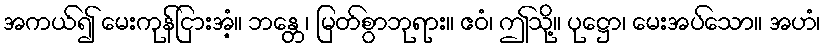
အကယ်၍ မေးကုန်ငြားအံ့။ ဘန္တေ၊ မြတ်စွာဘုရား။ ဧဝံ၊ ဤသို့။ ပုဋ္ဌော၊ မေးအပ်သော။ အဟံ၊